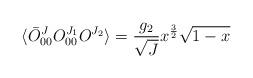
LaTeX: \begin{align*}\langle\bar{O}^J_{00}O^{J_1}_{00}O^{J_2}\rangle=\frac{g_2}{\sqrt{J}}x^{\frac{3}{2}}\sqrt{1-x}\end{align*}